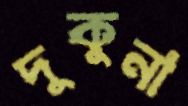
দুকুনা